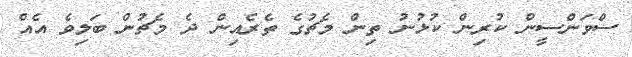
ސްވަންސީން ކުރިން ކުޅުނު ތިން މެޗުގެ ތެރެއިން ދެ މެޗުން ބަލިވެ އެއް